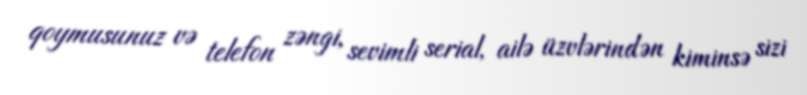
qoymusunuz və telefon zəngi, sevimli serial, ailə üzvlərindən kiminsə sizi